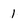
Character: 1